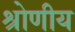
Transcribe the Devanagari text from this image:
श्रोणीय